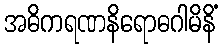
အဓိကရဏနိရောဓဂါမိနိံ